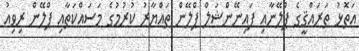
އަތޮޅު ތަރައްޤީގެ ޕްލޭނާއި ފައިނޭންޝަލް ޕްލޭން ތައްޔާރު ކުރުމުގެ މަސައްކަތާއި ޕްލޭން ރިވިއު